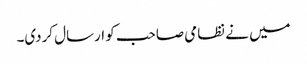
میں نے نظامی صاحب کو ارسال کردی۔